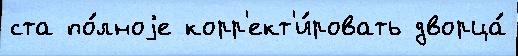
ста по́лноjе корр'ект'и́ровать дворца́